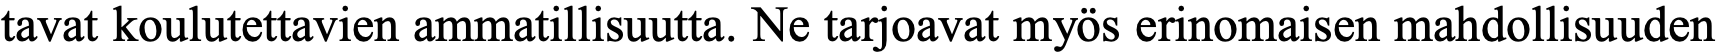
tavat koulutettavien ammatillisuutta. Ne tarjoavat myös erinomaisen mahdollisuuden